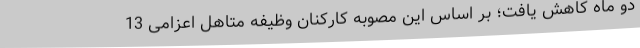
دو ماه کاهش یافت؛ بر اساس این مصوبه کارکنان وظیفه متاهل اعزامی 13